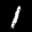
Label: 1